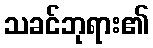
သခင်ဘုရား၏